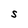
Character: S